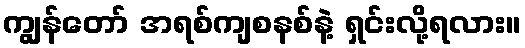
ကျွန်တော် အရစ်ကျစနစ်နဲ့ ရှင်းလို့ရလား။